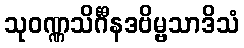
သုဝဏ္ဏသိင်္ဂီနဒဗိမ္ဗသာဒိသံ